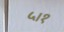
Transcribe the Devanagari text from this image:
५।१